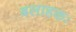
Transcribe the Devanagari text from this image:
बलाहकः